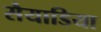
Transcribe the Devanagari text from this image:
सैयाडिया